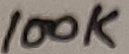
Text: 100K